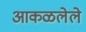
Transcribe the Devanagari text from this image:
आकळलेले